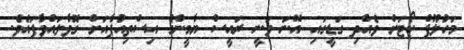
މަހުލޫފް ކޯޓަށް ވެއްދި ގަޑީގައި އޭނަ ވަނީ ރައީސް ޔާމީންގެ އިސްތިއުފާއަށް ގޮވާލައްވާފައެވެ.